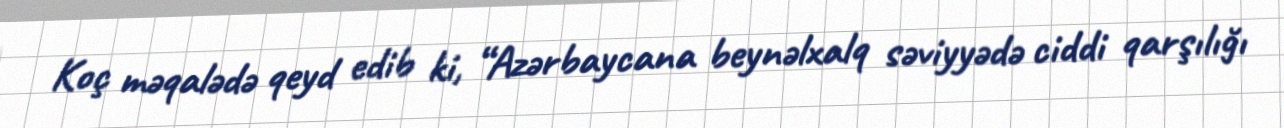
Koç məqalədə qeyd edib ki, “Azərbaycana beynəlxalq səviyyədə ciddi qarşılığı